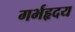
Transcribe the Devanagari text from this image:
गर्भहृदय